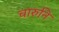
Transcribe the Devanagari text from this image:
चारुनि